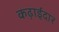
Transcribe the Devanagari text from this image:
कढ़ाईदार